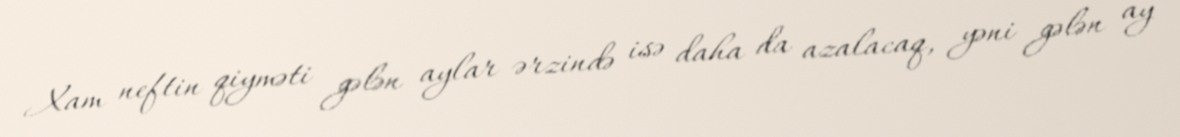
Xam neftin qiyməti gələn aylar ərzində isə daha da azalacaq, yəni gələn ay